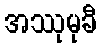
အဿုမုခီ